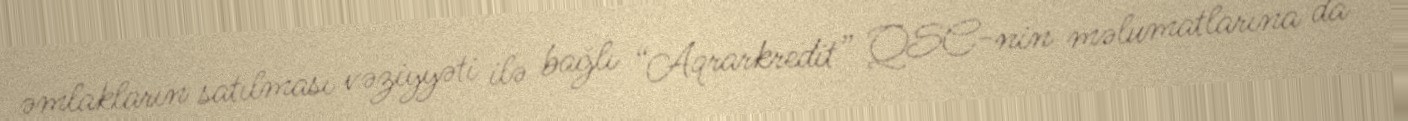
əmlakların satılması vəziyyəti ilə bağlı “Aqrarkredit” QSC-nin məlumatlarına da